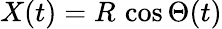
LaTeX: X(t)=R\, \cos\Theta(t)